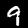
Label: 9